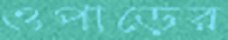
ওপাড়ের